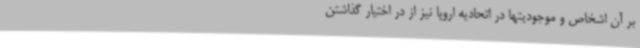
بر آن اشخاص و موجودیتها در اتحادیه اروپا نیز از در اختیار گذاشتن